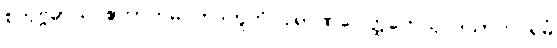
စတုဗ္ဗိဓာယ ဧကာဟမ္ပိ တဒဟူတိ ပုရာဏပေါတ္ထကေသု ဒသာဟပရမံ